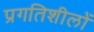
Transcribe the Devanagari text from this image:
प्रगतिशीलों